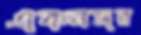
একনজর